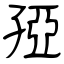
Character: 孲